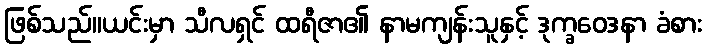
ဖြစ်သည်။ယင်းမှာ သီလရှင် ထရီဇာ၏ နာမကျန်းသူနှင့် ဒုက္ခဝေဒနာ ခံစား